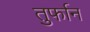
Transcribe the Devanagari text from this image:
तुर्फान